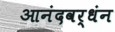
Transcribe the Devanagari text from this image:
आनंदवर्धंन